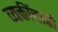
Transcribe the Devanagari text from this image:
व्यक्तींचाही